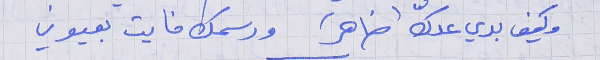
وكيف بدي عدّك (ضاهر)      ورسمك فايت بعيوني